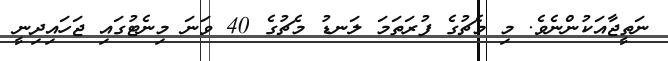
ނަތީޖާއަކުންނެވެ. މި މެޗުގެ ފުރަތަމަ ލަނޑު މެޗުގެ 40 ވަނަ މިނެޓުގައި ޖަހައިދިނީ